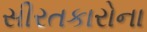
સીરતકારોના